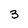
Character: 3